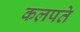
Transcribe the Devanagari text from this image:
कलपते